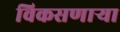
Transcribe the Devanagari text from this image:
विकसणाऱ्या